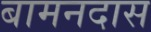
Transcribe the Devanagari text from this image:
बामनदास